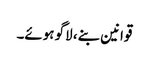
قوانین بنے، لاگو ہوئے۔